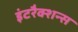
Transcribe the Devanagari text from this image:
इंटरैक्शन्स